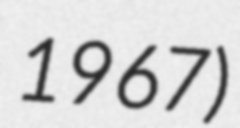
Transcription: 1967)